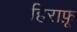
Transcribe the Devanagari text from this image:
हिराफ़ू